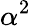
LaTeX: \alpha^{2}